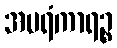
အပရံကာရဉ္စ